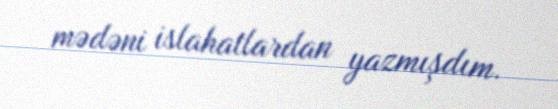
mədəni islahatlardan yazmışdım.